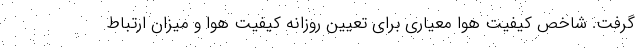
گرفت. شاخص کیفیت هوا معیاری برای تعیین روزانه کیفیت هوا و میزان ارتباط